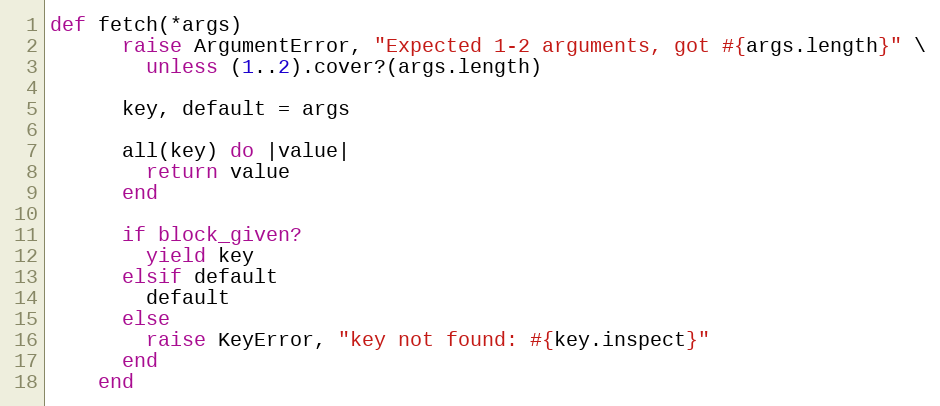
Language: Ruby
def fetch(*args)
      raise ArgumentError, "Expected 1-2 arguments, got #{args.length}" \
        unless (1..2).cover?(args.length)

      key, default = args

      all(key) do |value|
        return value
      end

      if block_given?
        yield key
      elsif default
        default
      else
        raise KeyError, "key not found: #{key.inspect}"
      end
    end